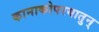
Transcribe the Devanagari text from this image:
कानाकोपरयातुन्